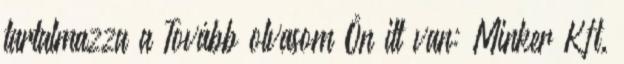
tartalmazza a Tovább olvasom Ön itt van: Minker Kft.